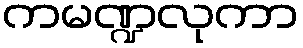
ကမဏ္ဍလုကာ